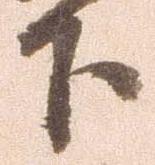
下